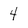
Character: 4